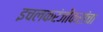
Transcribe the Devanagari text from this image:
इचलकरंजीकरांचा